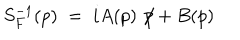
S _ { F } ^ { - 1 } ( p ) \; = \; i A ( p ) \not \! p + B ( p )